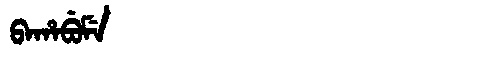
Manchu: ᠪᠠᡥᠠᠪᡠᠮᡝ
Romanization: BAHABUME